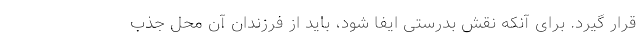
قرار گیرد. برای آنکه نقش بدرستی ایفا شود، باید از فرزندان آن محل جذب